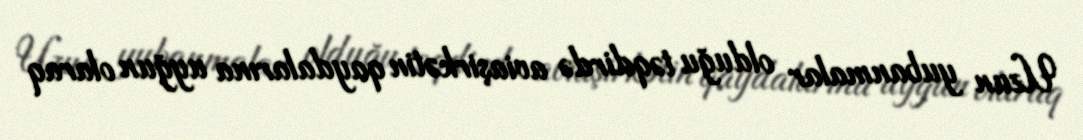
Uzun yubanmalar olduğu təqdirdə aviaşirkətin qaydalarına uyğun olaraq